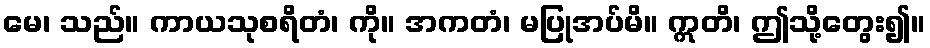
မေ၊ သည်။ ကာယသုစရိတံ၊ ကို။ အကတံ၊ မပြုအပ်မိ။ ဣတိ၊ ဤသို့တွေး၍။